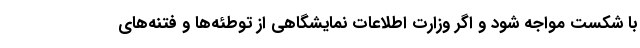
با شکست مواجه شود و اگر وزارت اطلاعات نمایشگاهی از توطئه‌ها و فتنه‌های